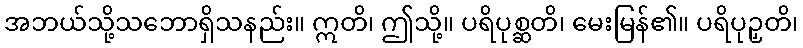
အဘယ်သို့သဘောရှိသနည်း။ ဣတိ၊ ဤသို့။ ပရိပုစ္ဆတိ၊ မေးမြန်၏။ ပရိပုဉှတိ၊